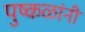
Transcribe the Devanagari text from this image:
पुष्कळांनी